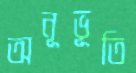
অনূভূতি